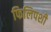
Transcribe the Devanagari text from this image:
फिलिपशी